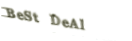
BeSt DeAl